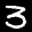
Label: 3